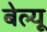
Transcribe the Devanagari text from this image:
बेल्यू